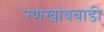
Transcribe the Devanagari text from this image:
रणखांबवाडी